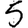
Digit: 5